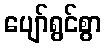
ပျော်ရွင်စွာ